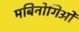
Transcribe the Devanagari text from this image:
मबिनोगिओं